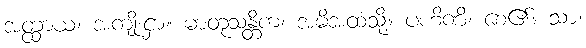
အတ္ထာယ၊ အကျိုးငှာ။ မာတုသန္တိကံ၊ အမိအထံသို့။ ပဟိဏိ၊ စေ၏။ သာ၊